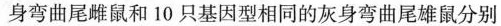
身弯曲尾雌鼠和10只基因型相同的灰身弯曲尾雄鼠分别